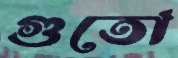
গুতো